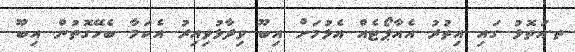
ތ.އަތޮޅު ގައި އިތުރު އެއާޕޯޓެއް އެޅުމަށް އިބޫ ވިދާޅުވިއިރު އެކަމާ ބެހޭގޮތުން އިބޫ